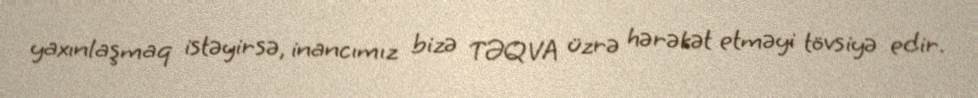
yaxınlaşmaq istəyirsə, inancımız bizə TƏQVA üzrə hərəkət etməyi tövsiyə edir.